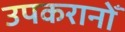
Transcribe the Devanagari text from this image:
उपकरानोँ